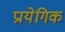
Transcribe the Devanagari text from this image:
प्रायेगिक